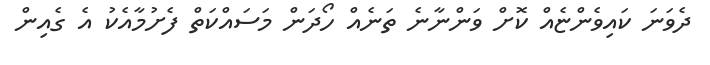
ދެވަނަ ކައިވެންޏެއް ކޮށް ވަންނާނެ ތަނެއް ހޯދަން މަސައްކަތް ފެށުމާއެކު އެ ގެއިން